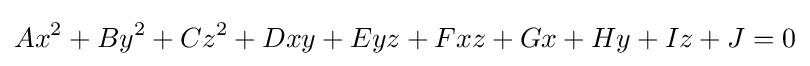
Ax^{2}+By^{2}+Cz^{2}+Dxy+Eyz+Fxz+Gx+Hy+Iz+J=0